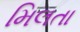
મિલતા